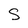
Character: S